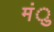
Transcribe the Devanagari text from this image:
मंु